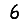
Digit: 6